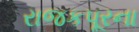
રાજકપૂરના